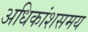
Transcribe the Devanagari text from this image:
अधिकांशसमय